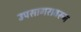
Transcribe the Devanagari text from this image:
उपसागरावरून